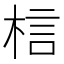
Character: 𭪐